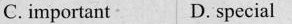
C. important D. special